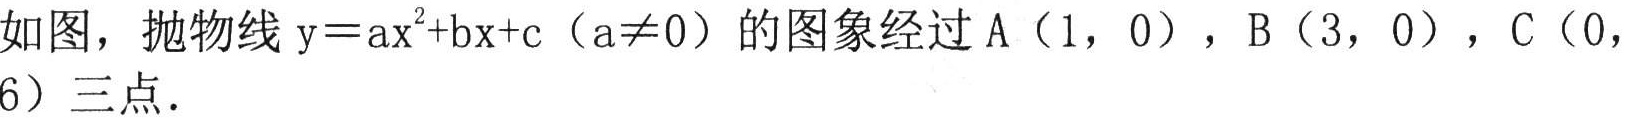
如图，抛物线 \(y = ax^{2}+bx + c\)（\(a\neq0\)）的图象经过 A（1，0），B（3，0），C（0，6）三点．